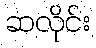
ဆလိုင်း